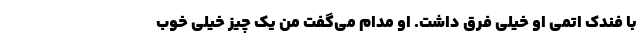
با فندک اتمی او خیلی فرق داشت. او مدام می‌گفت من یک چیز خیلی خوب